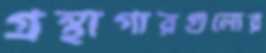
গ্রন্থাগারগুলোর